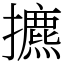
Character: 㩠